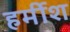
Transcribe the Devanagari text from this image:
हर्मीश